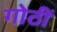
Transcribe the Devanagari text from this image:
गोठीं